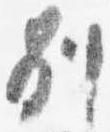
別